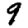
Digit: 9